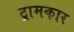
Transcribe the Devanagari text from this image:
ट्रामकार